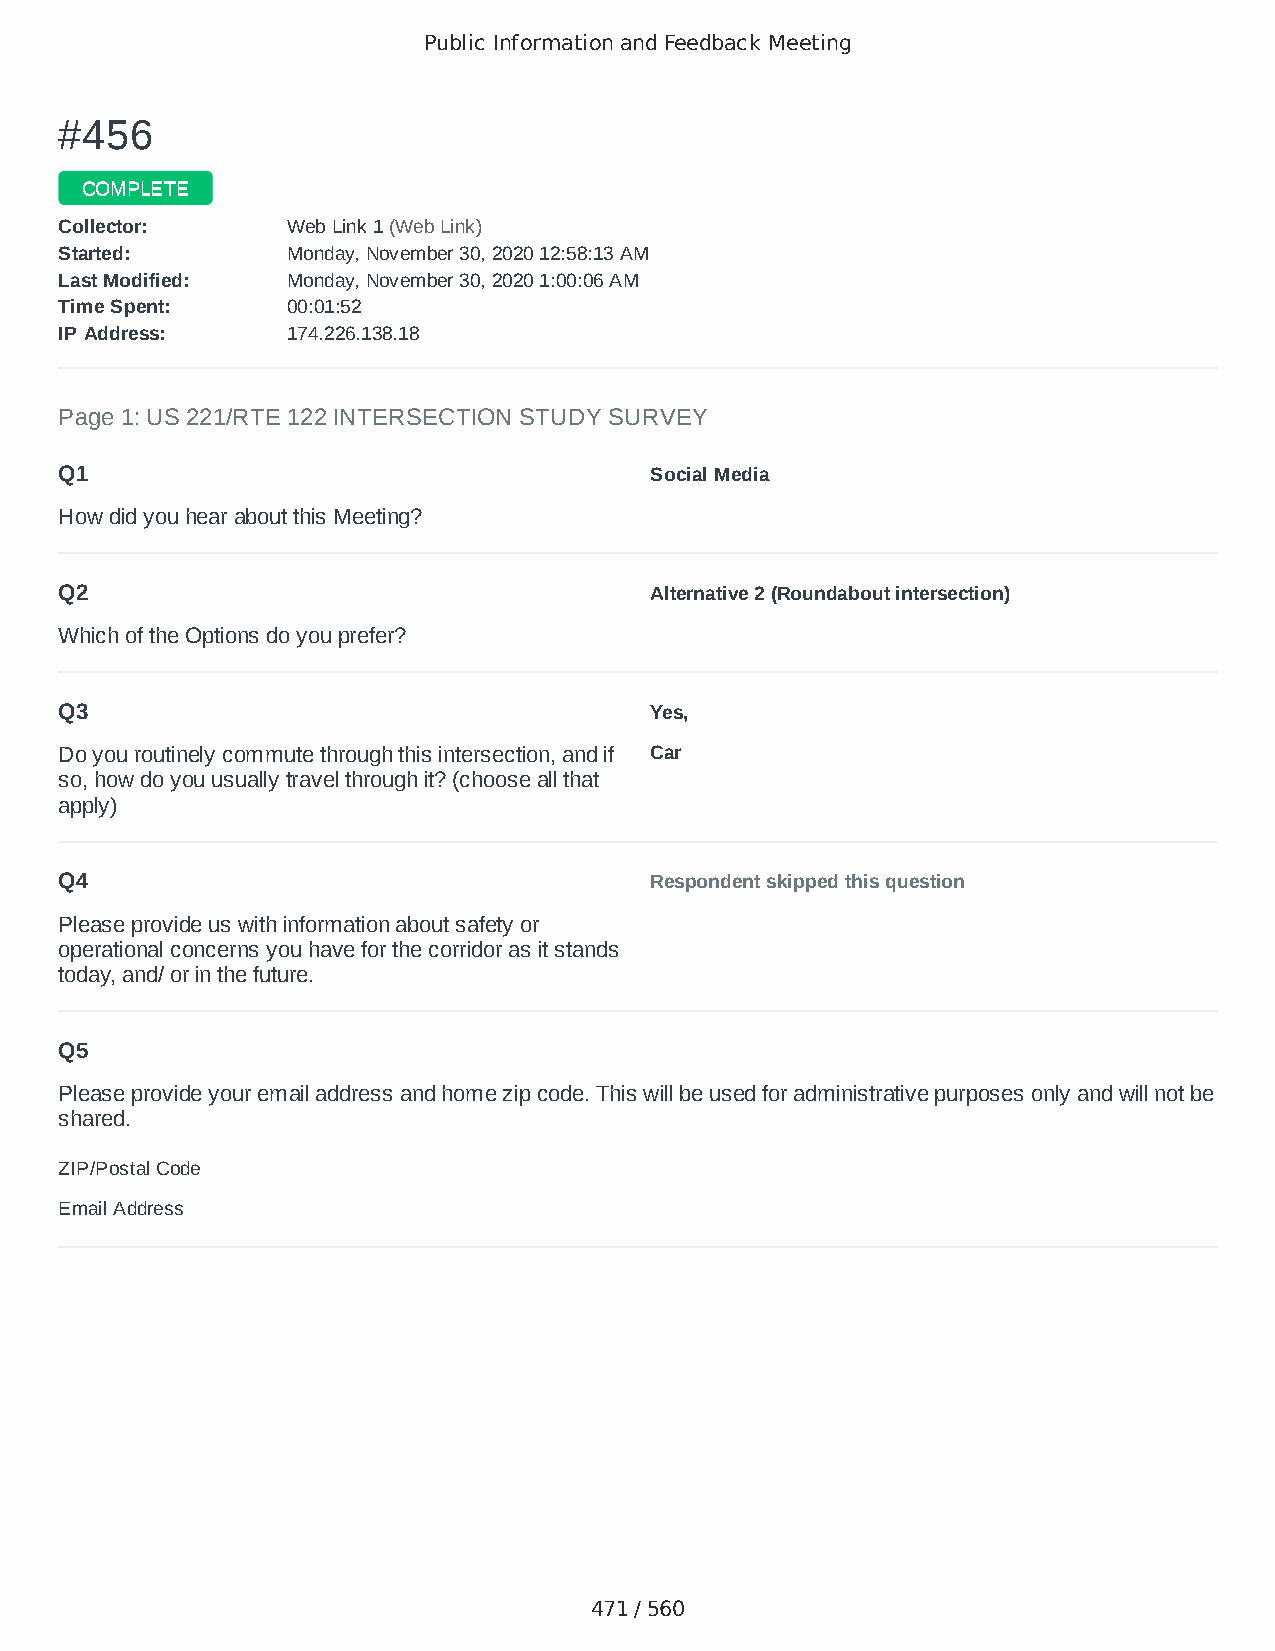
Public Information and Feedback Meeting
 ##445566
 CCOOMMPPLLEETTEE
 CCoolllleeccttoorr:: WWeebb LLiinnkk 11 ((WWeebb LLiinnkk))
 SSttaarrtteedd:: MMoonnddaayy,, NNoovveemmbbeerr 3300,, 22002200 1122::5588::1133 AAMM
 LLaasstt MMooddiiffiieedd:: MMoonnddaayy,, NNoovveemmbbeerr 3300,, 22002200 11::0000::0066 AAMM
 TTiimmee SSppeenntt:: 0000::0011::5522
 IIPP AAddddrreessss:: 117744..222266..113388..1188
 Page 1: US 221/RTE 122 INTERSECTION STUDY SURVEY
 Q1                                     Social Media
 How did you hear about this Meeting?
 Q2                                     Alternative 2 (Roundabout intersection)
 Which of the Options do you prefer?
 Q3                                     Yes,
 Do you routinely commute through this intersection, and if Car
 so, how do you usually travel through it? (choose all that
 apply)
 Q4                                     Respondent skipped this question
 Please provide us with information about safety or
 operational concerns you have for the corridor as it stands
 today, and/ or in the future.
 Q5
 Please provide your email address and home zip code. This will be used for administrative purposes only and will not be
 shared.
 ZIP/Postal Code                        24523
 Email Address                          steffeydylan@yahoo.com
 471 / 560